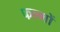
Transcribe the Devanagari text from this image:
फल्मों